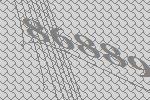
86889